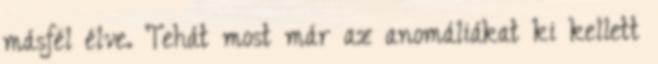
másfél élve. Tehát most már az anomáliákat ki kellett